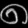
Digit: ၈